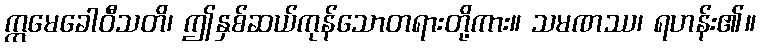
ဣမေခေါဝီသတိ၊ ဤနှစ်ဆယ်ကုန်သောတရားတို့ကား။ သမဏဿ၊ ရဟန်း၏။